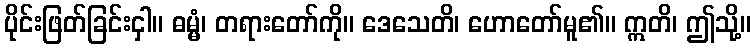
ပိုင်းဖြတ်ခြင်းငှါ။ ဓမ္မံ၊ တရားတော်ကို။ ဒေသေတိ၊ ဟောတော်မူ၏။ ဣတိ၊ ဤသို့။